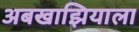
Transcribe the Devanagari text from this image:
अबखाझियाला